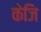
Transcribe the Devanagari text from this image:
केजि